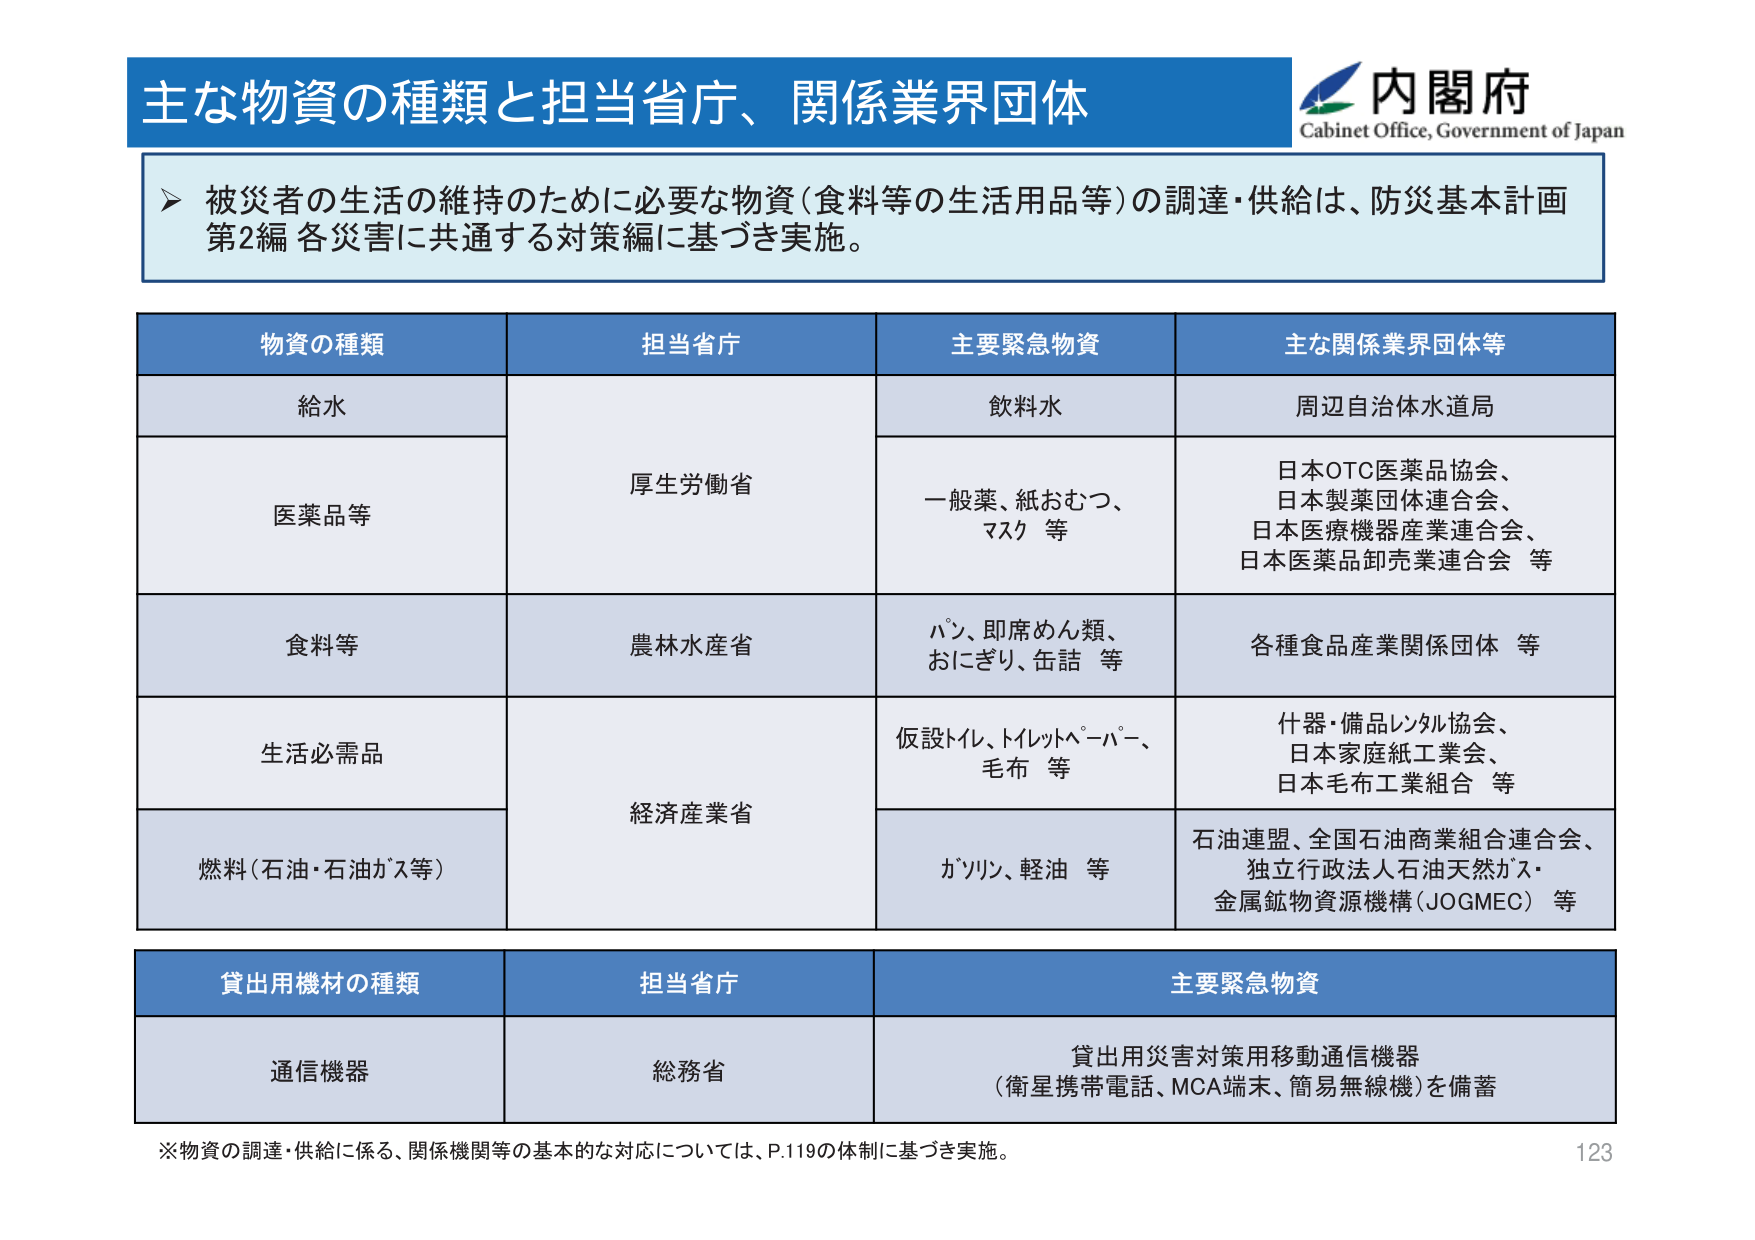
主な物資の種類と担当省庁、関係業界団体

内閣府
Cabinet Office, Government of Japan

➤ 被災者の生活の維持のために必要な物資（食料等の生活用品等）の調達・供給は、防災基本計画
第2編 各災害に共通する対策編に基づき実施。

物資の種類　担当省庁　主要緊急物資　主な関係業界団体等

給水